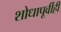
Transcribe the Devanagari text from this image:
शोधापूर्वीही